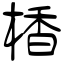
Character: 楿